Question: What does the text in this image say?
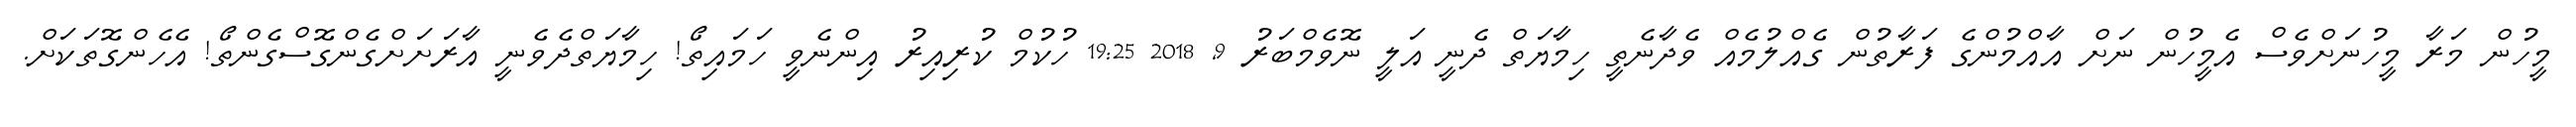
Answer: މީހުން މަރާ މީހުނަށްވެސް އެމީހުން ނަށް އާއްމުންގެ ފަރާތުން ގެއްލުމެއް ވެދާނެތީ ހިމާޔަތް ދެނީ އަލީ ނޮވެމްބަރު 9, 2018 19:25 ހުކުމް ކުރިއިރު އިންނެވީ ހަމައިތޯ! ހިމާޔަތްދެވެނީ އާރަށަށްގެންގޮސްގެންތޯ! އެހެންގޮތަކަށް.